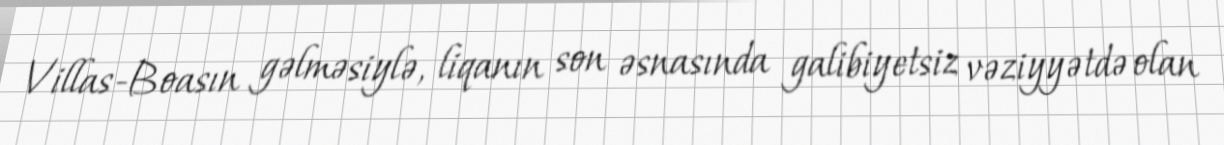
Villas-Boasın gəlməsiylə, liqanın son əsnasında galibiyetsiz vəziyyətdə olan